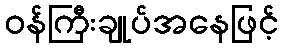
ဝန်ကြီးချုပ်အနေဖြင့်